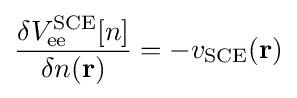
{\frac {\delta V_{\rm {ee}}^{\rm {SCE}}[n]}{\delta n(\mathbf {r} )}}=-v_{\rm {SCE}}(\mathbf {r} )